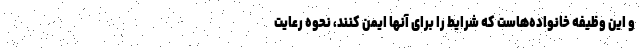
و این وظیفه خانواده‌هاست که شرایط را برای آنها ایمن کنند، نحوه رعایت